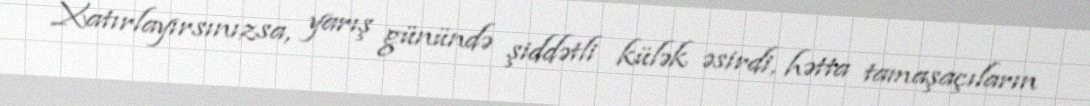
Xatırlayırsınızsa, yarış günündə şiddətli külək əsirdi, hətta tamaşaçıların